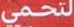
لتحمي